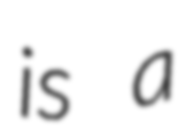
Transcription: is a